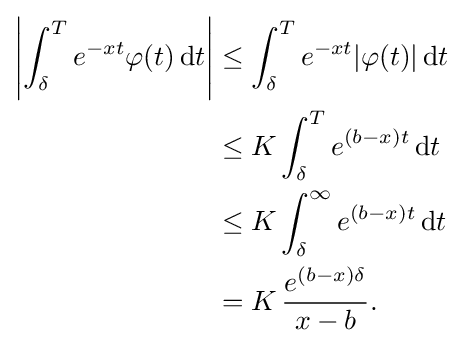
{\begin{aligned}\left|\int _{\delta }^{T}e^{-xt}\varphi (t)\,\mathrm {d} t\right|&\leq \int _{\delta }^{T}e^{-xt}|\varphi (t)|\,\mathrm {d} t\\&\leq K\int _{\delta }^{T}e^{(b-x)t}\,\mathrm {d} t\\&\leq K\int _{\delta }^{\infty }e^{(b-x)t}\,\mathrm {d} t\\&=K\,{\frac {e^{(b-x)\delta }}{x-b}}.\end{aligned}}